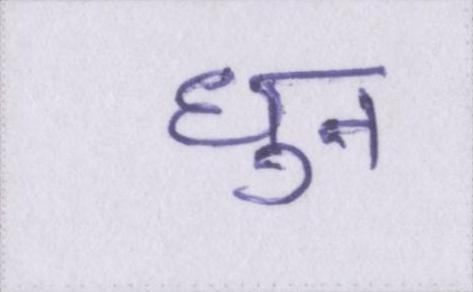
धुन